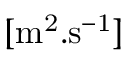
\mathrm { [ m ^ { 2 } . s ^ { - 1 } } ]